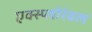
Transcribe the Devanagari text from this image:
एक्स्प्लोरेबल